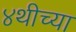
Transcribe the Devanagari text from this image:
४थीच्या